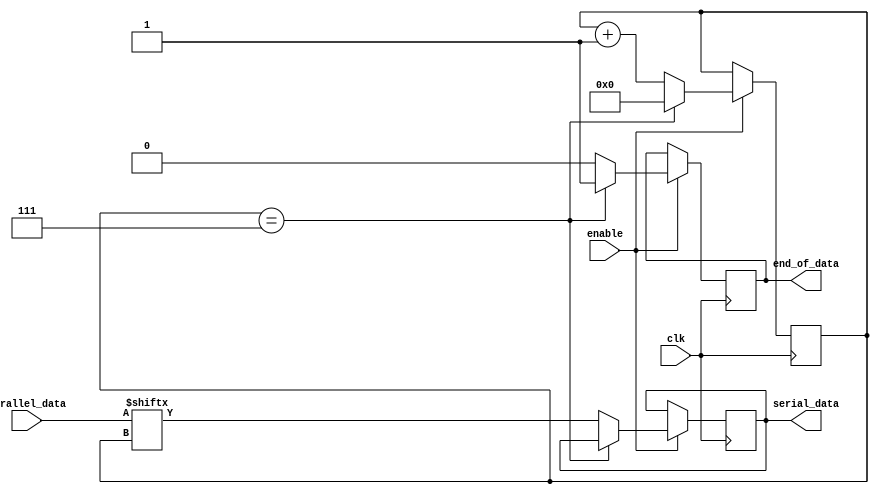
module piso(
	input            clk,
	input            enable,
	input      [7:0] parallel_data,
	output reg       serial_data,
	output reg		  end_of_data
);
	
	reg [3:0] counter;
	
	initial begin
		counter = 0;
	end

	always @(posedge clk) begin
		if(enable) begin
			counter <= 0;
			if(counter == 7) begin
				counter <= 0;
				end_of_data <= 1;
			end
			else begin
				serial_data <= parallel_data[counter];
				end_of_data <= 0;
				counter <= counter + 1;
			end
		end
	end
	
	
endmodule